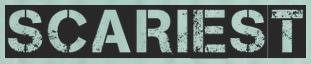
SCARIEST